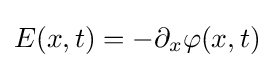
E(x,t)=-\partial _{x}\varphi (x,t)